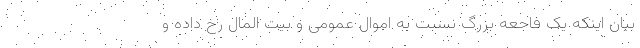
بیان اینکه یک فاجعه بزرگ نسبت به اموال عمومی و بیت المال رخ داده و